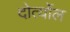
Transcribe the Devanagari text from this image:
दोर्त्योल